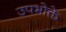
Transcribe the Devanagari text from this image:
उपभोक्ते